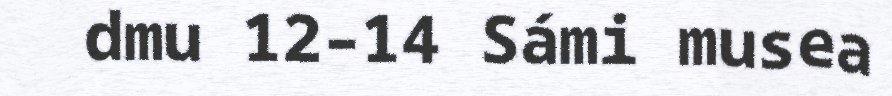
dmu 12–14 Sámi musea